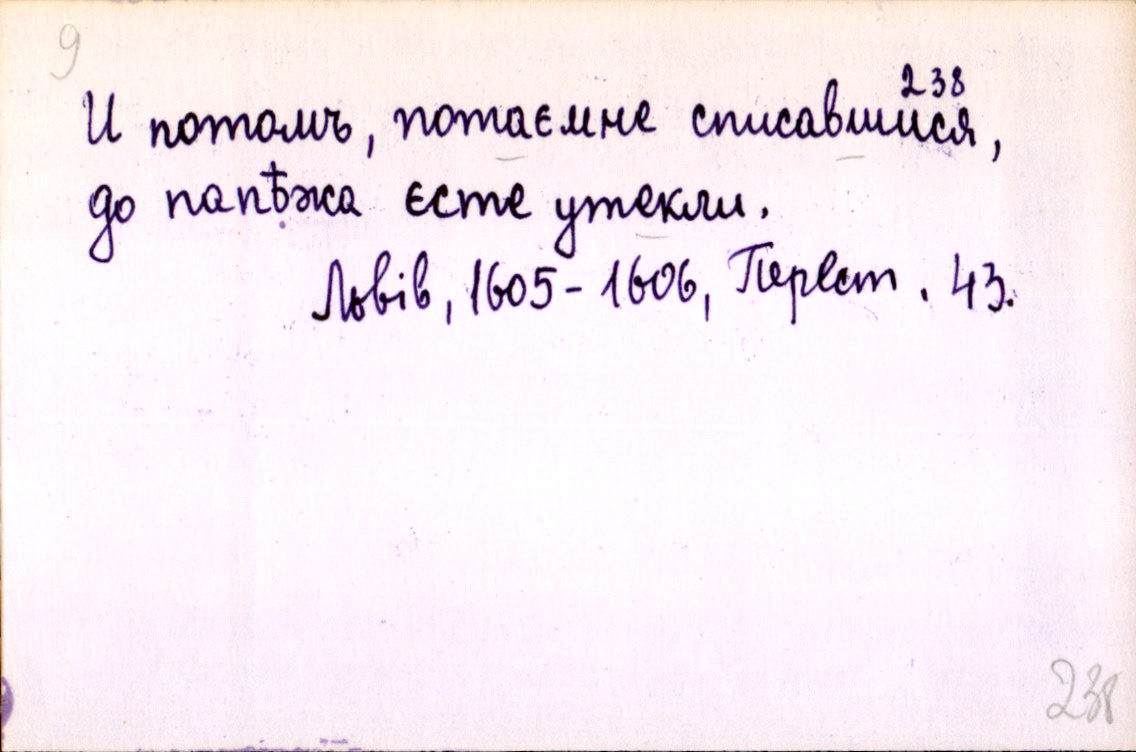
И потомъ, потаємне списавшися,
до папѣжа єсте утекли.
Львів, 1605-1606, Перест. 43.